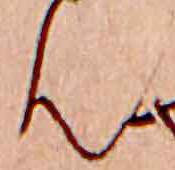
ん